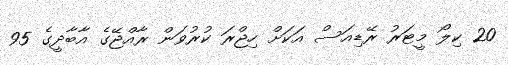
20 ކިލޯ މީޓަރު ރޭޑިއަސް އަކަށް ހިޖްރަ ކުރުވަން ރާއްޖޭގެ އާބާދީގެ 95